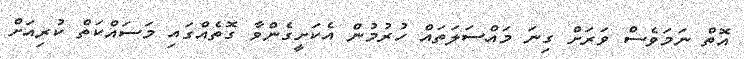
އޮތް ނަމަވެސް ވަރަށް ގިނަ މައްސަލަތައް ހުރުމުން އެކަށީގެންވާ ގޮތެއްގައި މަސައްކަތް ކުރިއަށް